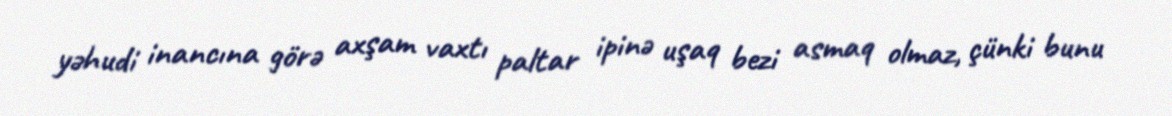
yəhudi inancına görə axşam vaxtı paltar ipinə uşaq bezi asmaq olmaz, çünki bunu